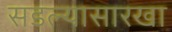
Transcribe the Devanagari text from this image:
सडल्यासारखा